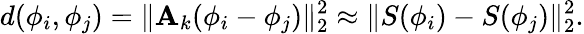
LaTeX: d(\phi_{i},\phi_{j})=\lVert{\mathbf A}_{k}(\phi_{i}-\phi_{j})\rVert_{2}^{2}\approx\lVert{S}(\phi_{i})-{S}(\phi_{j})\rVert_{2}^{2}.